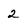
Character: 2